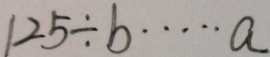
1 2 5 \div b \cdots a